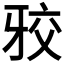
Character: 𭷑